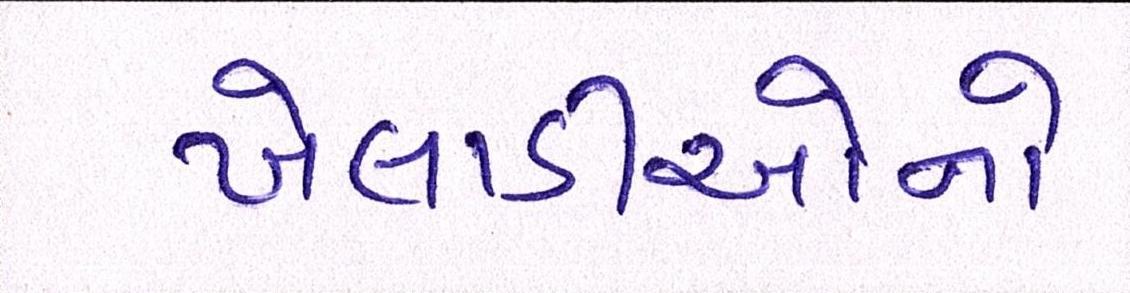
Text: ખેલાડીઓનો